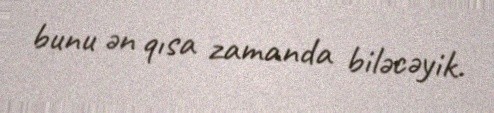
bunu ən qısa zamanda biləcəyik.